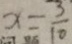
x = \frac { 3 } { 1 0 }